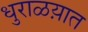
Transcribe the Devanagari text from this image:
धुराळय़ात